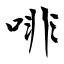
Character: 啡